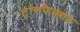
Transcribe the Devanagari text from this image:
ट्रांसफैक्शन